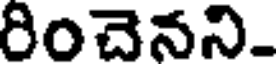
రించెనని.